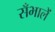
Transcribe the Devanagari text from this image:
सँभालें